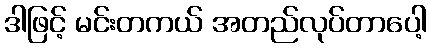
ဒါဖြင့် မင်းတကယ် အတည်လုပ်တာပေါ့